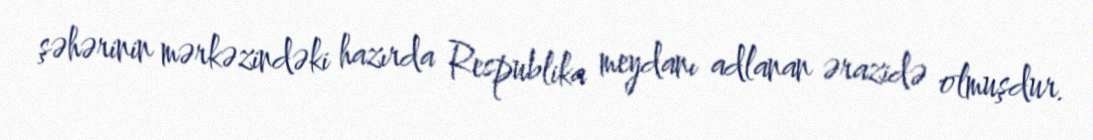
şəhərinin mərkəzindəki hazırda Respublika meydanı adlanan ərazidə olmuşdur.